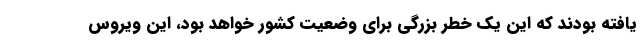
یافته بودند که این یک خطر بزرگی برای وضعیت کشور خواهد بود، این ویروس